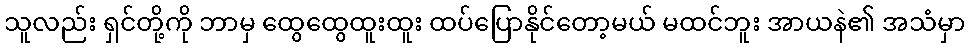
သူလည်း ရှင်တို့ကို ဘာမှ ထွေထွေထူးထူး ထပ်ပြောနိုင်တော့မယ် မထင်ဘူး အာယနဲ၏ အသံမှာ